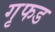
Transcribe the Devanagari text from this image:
गृफड